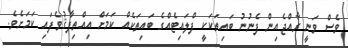
ވެސް ވަނީ ރާއްޖެއިން ފެނުނު ބައިތަކަކީ ފްލައިޓެއްގެ ބައިތަކެއް ކަމަށް އިއްތިފާޤުވެފައި ކަމަށެވެ.